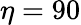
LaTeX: \eta=90